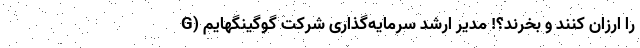
را ارزان کنند و بخرند؟! مدیر ارشد سرمایه‌گذاری شرکت گوگینگهایم (G